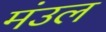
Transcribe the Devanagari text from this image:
मंउल